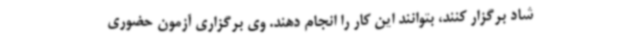
شاد برگزار کنند، بتوانند این کار را انجام دهند. وی برگزاری آزمون حضوری